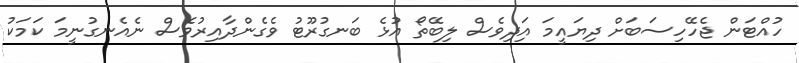
ހުއްޓަން ޖެހޭހިސަބަށް ދިޔައީމަ އަިދިވެސް ލިބޭތޯ އުޅެ ބަނގުރޫޓު ވެގެންދާއިރުވެސް ނެއެނގުނީމަ ކަމަކު